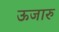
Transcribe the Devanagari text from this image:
ऊजारु